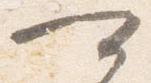
可